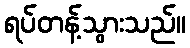
ရပ်တန့်သွားသည်။